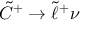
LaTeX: { \tilde { C } } ^ { + } \rightarrow { \tilde { \ell } } ^ { + } \nu